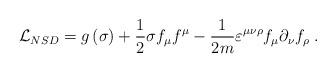
LaTeX: \begin{align*}{\cal L}_{NSD} = g\left(\sigma\right) + \frac 1{2}\sigma f_\mu f^\mu - \frac 1{2m}\varepsilon ^{\mu\nu\rho}f_\mu\partial_\nu f_\rho \; .\end{align*}